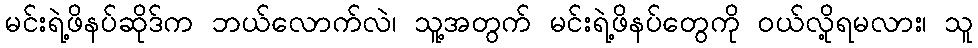
မင်းရဲ့ဖိနပ်ဆိုဒ်က ဘယ်လောက်လဲ၊ သူ့အတွက် မင်းရဲ့ဖိနပ်တွေကို ဝယ်လို့ရမလား၊ သူ